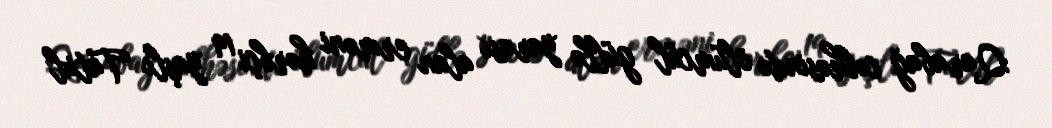
Qarabağ cəbhəsində ölümcül güllə yarası alan erməni hərbçi 19 yaşlı Tatul